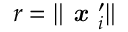
r = \Vert \textbf { \em x } _ { i } ^ { \prime } \Vert